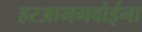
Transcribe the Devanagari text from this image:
हरआभगवोईना